Reports on dispensaries and lunatic asylums in the Province of Oudh - 1869-1876
Year: 1869
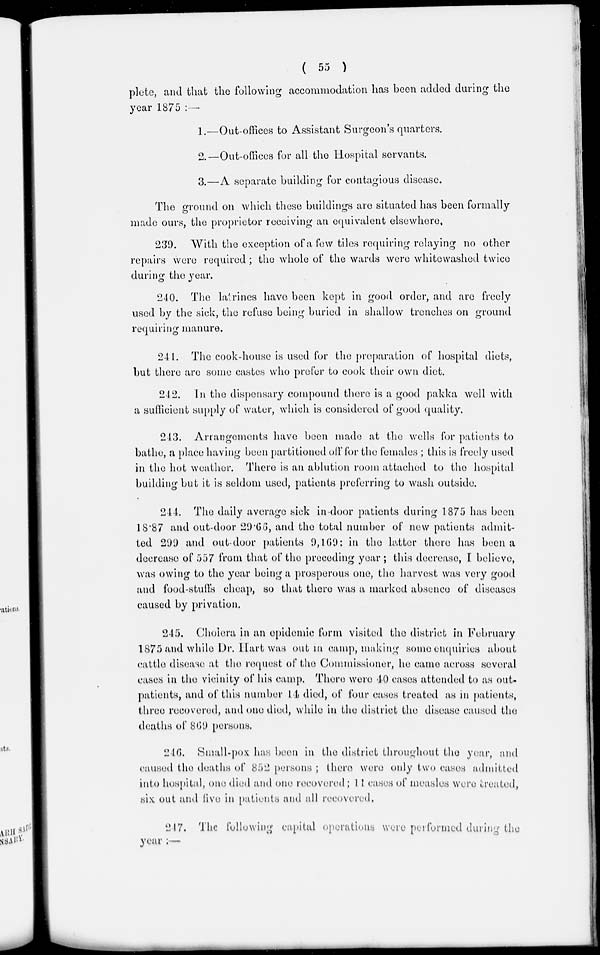
( 55 )
plete, and that the following accommodation has been added during the
year 1875 :—
1.—Out-offices to Assistant Surgeon's quarters.
2.—Out-offices for all the Hospital servants.
3.—A separate building for contagious disease.
The ground on which these buildings are situated has been formally
made ours, the proprietor receiving an equivalent elsewhere.
239. With the exception of a few tiles requiring relaying no other
repairs were required ; the whole of the wards were whitewashed twice
during the year.
240. The latrines have been kept in good order, and are freely
used by the sick, the refuse being buried in shallow trenches on ground
requiring manure.
241. The cook-house is used for the preparation of hospital diets,
but there are some castes who prefer to cook their own diet.
242. In the dispensary compound there is a good pakka well with
a sufficient supply of water, which is considered of good quality.
243. Arrangements have been made at the wells for patients to
bathe, a place having been partitioned off for the females ; this is freely used
in the hot weather. There is an ablution room attached to the hospital
building but it is seldom used, patients preferring to wash outside.
244. The daily average sick in-door patients during 1875 has been
18.87 and out-door 29.66, and the total number of new patients admit-
ted 299 and out-door patients 9,169: in the latter there has been a
decrease of 557 from that of the preceding year ; this decrease, I believe,
was owing to the year being a prosperous one, the harvest was very good
and food-stuffs cheap, so that there was a marked absence of diseases
caused by privation.
245. Cholera in an epidemic form visited the district in February
1875 and while Dr. Hart was out in camp, making some enquiries about
cattle disease at the request of the Commissioner, he came across several
cases in the vicinity of his camp. There were 40 cases attended to as out-
patients, and of this number 14 died, of four cases treated as in patients,
three recovered, and one died, while in the district the disease caused the
deaths of 869 persons.
246. Small-pox has been in the district throughout the year, and
caused the deaths of 852 persons ; there were only two cases admitted
into hospital, one died and one recovered; 11 cases of measles were treated,
six out and five in patients and all recovered.
247. The following capital operations were performed during the
year :—